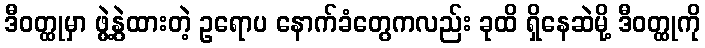
ဒီဝတ္ထုမှာ ဖွဲ့နွဲထားတဲ့ ဥရောပ နောက်ခံတွေကလည်း ခုထိ ရှိနေဆဲမို့ ဒီဝတ္ထုကို